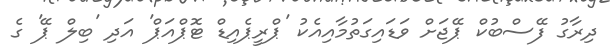
ދިރާގު ފޭސްބުކް ޕޭޖަށް ވަޑައިގަތުމާއިއެކު 'ޕްރީޕެއިޑް ޓޮޕްއަޕް' އަދި 'ބިލް ޕޭ' ގެ